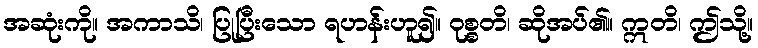
အဆုံးကို။ အကာသိ၊ ပြုပြီးသော ရဟန်းဟူ၍။ ဝုစ္စတိ၊ ဆိုအပ်၏။ ဣတိ၊ ဤသို့။